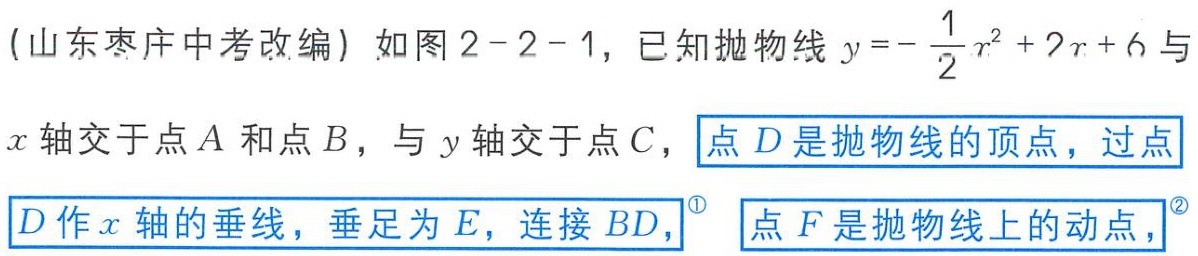
(山东枣庄中考改编) 如图2 - 2 - 1，已知抛物线\(y = - \frac{1}{2}x^{2}+2x + 6\)与\(x\)轴交于点\(A\)和点\(B\)，与\(y\)轴交于点\(C\)，点\(D\)是抛物线的顶点，过点\(D\)作\(x\)轴的垂线，垂足为\(E\)，连接\(BD\)，点\(F\)是抛物线上的动点，